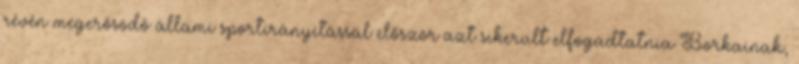
révén megerősödő állami sportirányítással először azt sikerült elfogadtatnia Borkainak,